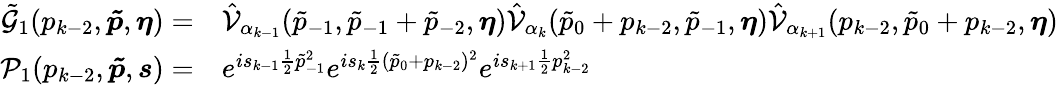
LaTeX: \begin{array}{rl}{\tilde{\mathcal{G}}_{1}(p_{k-2},\boldsymbol{\tilde{p}},\boldsymbol{\eta})=}&{\hat{\mathcal{V}}_{\alpha_{k-1}}(\tilde{p}_{-1},\tilde{p}_{-1}+\tilde{p}_{-2},\boldsymbol{\eta})\hat{\mathcal{V}}_{\alpha_{k}}(\tilde{p}_{0}+p_{k-2},\tilde{p}_{-1},\boldsymbol{\eta})\hat{\mathcal{V}}_{\alpha_{k+1}}(p_{k-2},\tilde{p}_{0}+p_{k-2},\boldsymbol{\eta})}\\ {\mathcal{P}_{1}(p_{k-2},\boldsymbol{\tilde{p}},\boldsymbol{s})=}&{e^{is_{k-1}\frac{1}{2}\tilde{p}_{-1}^{2}}e^{is_{k}\frac{1}{2}(\tilde{p}_{0}+p_{k-2})^{2}}e^{is_{k+1}\frac{1}{2}p_{k-2}^{2}}}\end{array}